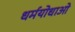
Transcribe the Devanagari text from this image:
धर्मयोधाओ